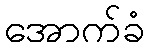
အောက်ခံ